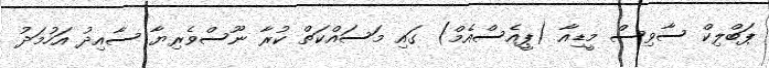
ޕަބްލިކް ސާވިސް މީޑިއާ (ޕީއެސްއެމް) ގައި މަސައްކަތް ކުރާ ނޫސްވެރިޔާ ސާއިދު އަހުމަދު